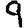
Digit: 9